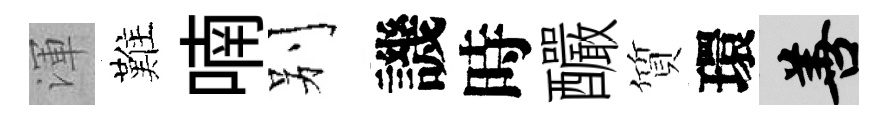
渾難喃别譏時釅質環善